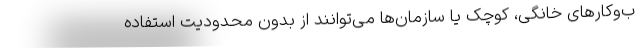
ب‌و‌کارهای خانگی، کوچک یا سازمان‌ها می‌توانند از بدون محدودیت استفاده